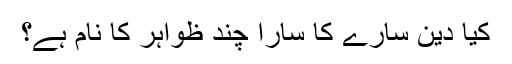
کیا دین سارے کا سارا چند ظواہر کا نام ہے؟